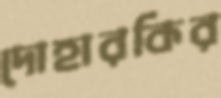
দোহারকির